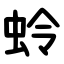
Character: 蛉